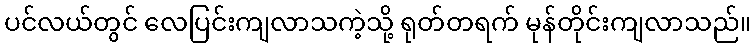
ပင်လယ်တွင် လေပြင်းကျလာသကဲ့သို့ ရုတ်တရက် မုန်တိုင်းကျလာသည်။